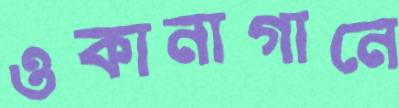
ওকানাগানে